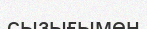
сызығымен